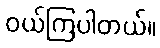
ဝယ်ကြပါတယ်။